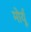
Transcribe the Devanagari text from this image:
मोर्यू